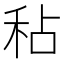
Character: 秥